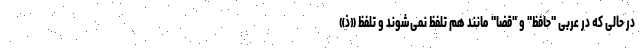
در حالی که در عربی "حافظ" و "قضا" مانند هم تلفظ نمی‌شوند و تلفظ «ذ»